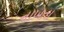
નાખતા